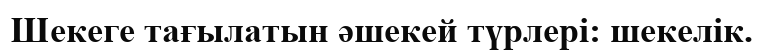
Шекеге тағылатын әшекей түрлері: шекелік.